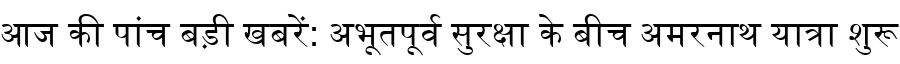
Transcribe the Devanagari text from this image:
आज की पांच बड़ी खबरें: अभूतपूर्व सुरक्षा के बीच अमरनाथ यात्रा शुरू